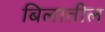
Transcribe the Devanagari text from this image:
बिलातील